Civil Veterinary Department. Central Provinces & Berar 1932-41 - 1932-1941
Year: 1932
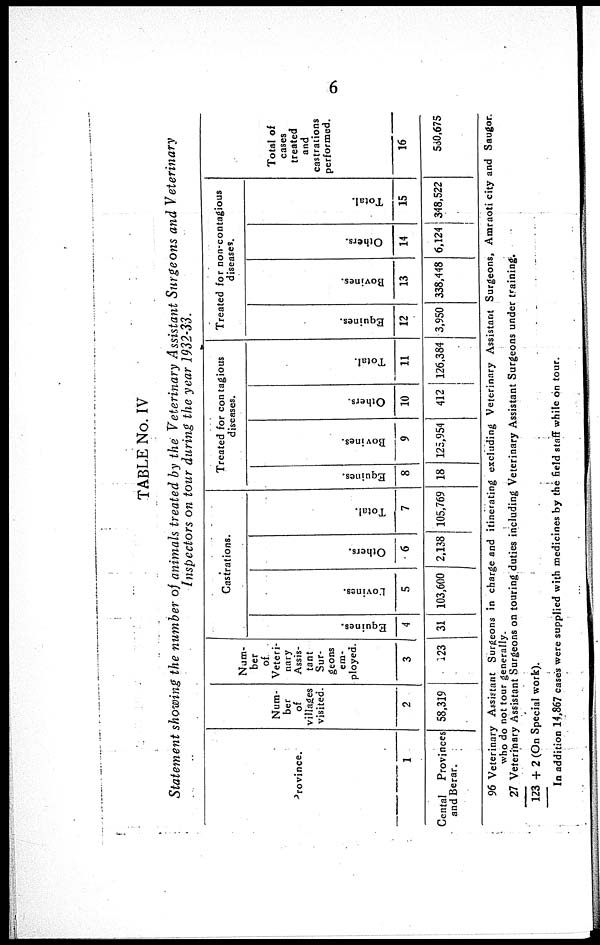
6
TABLE No. IV
Statement showing the number of animals treated by the Veterinary Assistant Surgeons and Veterinary
Inspectors on tour during the year 1932-33.
Province.
1
Cental
Provinces
and Berar.
Num-
ber
of
villages
visited.
2
58,319
Num-
ber
of
Veteri-
nary
Assis-
tant
Sur-
geons
em-
ployed.
3
123
Castrations.
Equi nes .
4
31
Povines.
5
103,600
Others.
6
2,138
Tot al .
7
105,769
Treated for contagious
diseases.
Equi nes .
8
18
Bovi nes .
9
125,954
Ot her s .
10
412
Total.
11
126,384
Treated for non-contagious
diseases.
Equi nes .
12
3,950
Bovi nes .
13
338,448
Ot her s .
14
6,124
Tot al .
15
348,522
Total of
cases
treated
and
castrations
performed.
16
580,675
96
27
123+ 2
Veterinary Assistant Surgeons in charge and itinerating excluding Veterinary Assistant Surgeons, Amraoti city and Saugor.
who do not tour generally.
Veterinary Assistant Surgeons on touring duties including Veterinary Assistant Surgeons under training.
(On Special work).
In addition 14,867 cases were supplied with medicines by the field staff while on tour.